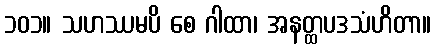
၁၀၁။ သဟဿမပိ စေ ဂါထာ၊ အနတ္ထပဒသံဟိတာ။